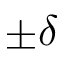
\pm \delta